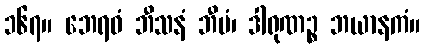
၁၆၇။ ဘေရဝံ ဘီသနံ ဘီမံ၊ ဒါရုဏဉ္စ ဘယာနကံ။